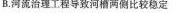
B.河流治理工程导致河槽两侧比较稳定